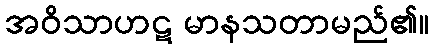
အဝိသာဟဋ မာနသတာမည်၏။